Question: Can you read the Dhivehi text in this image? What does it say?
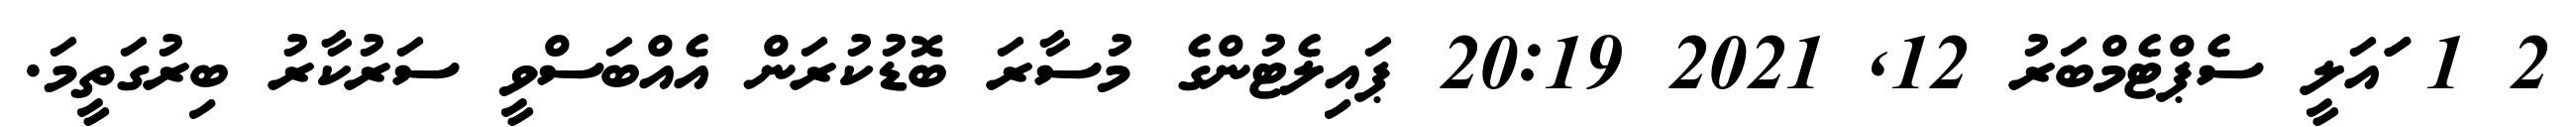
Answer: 2 1 ަަަައަލީ ސެޕްޓެމްބަރު 12, 2021 20:19 ޕައިލެޓުންގެ މުސާރަ ބޮޑުކުރަން އެއްބަސްވީ ސަރުކާރު ބިރުގަތީމަ.